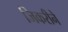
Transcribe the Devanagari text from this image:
जिकरीने